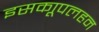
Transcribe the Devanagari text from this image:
इसकाूपलहन